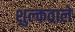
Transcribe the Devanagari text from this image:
शुल्कवाले